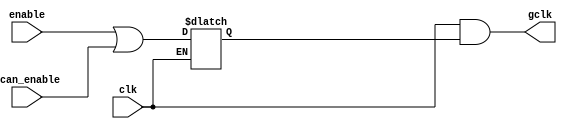
module  omsp_clock_gate_1 (
    gclk,                      
    clk,                       
    enable,                    
    scan_enable                
);
output         gclk;           
input          clk;            
input          enable;         
input          scan_enable;    
wire    enable_in =   (enable | scan_enable);
reg     enable_latch;
always @(clk or enable_in)
  if (~clk)
    enable_latch <= enable_in;
assign  gclk      =  (clk & enable_latch);
endmodule